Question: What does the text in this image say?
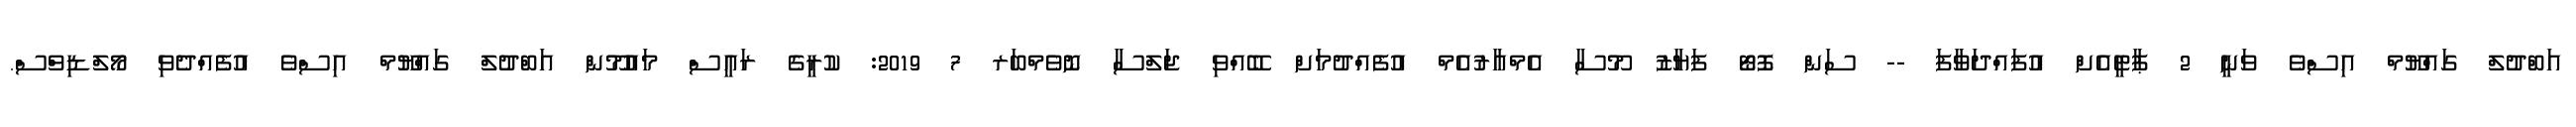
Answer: އަބްދުލް ގައްޔޫމް އިސްވެ ވަނީ 2 ޕާޓީއެށް އުފައްދަވާފަ -- ސަން ފޮޓޯ ފަޔާޒު މޫސާ އެމްއާރުއެމް އުފެއްދުމަށް ބޭއްވި ޖަލްސާ ނޮވެމްބަރ 7 2019: ކުރީގެ ރައީސް މައުމޫން އަބްދުލް ގައްޔޫމް އިސްވެ އުފެއްދެވި މޯލްޑިވްސް.